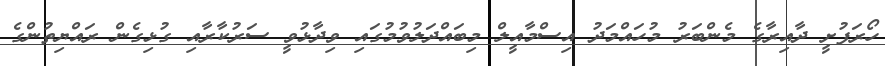
ހޯރަފުށީ ދާއިރާގެ މެންބަރު މުހައްމަދު އިސްމާއީލް މިބައްދަލުވުމުގައި ވިދާޅުވީ ސަރުކާރާއި ގުޅިގެން ރައްޔިތުންގެ